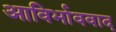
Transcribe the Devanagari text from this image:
आविर्भाववाद